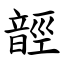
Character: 䪫